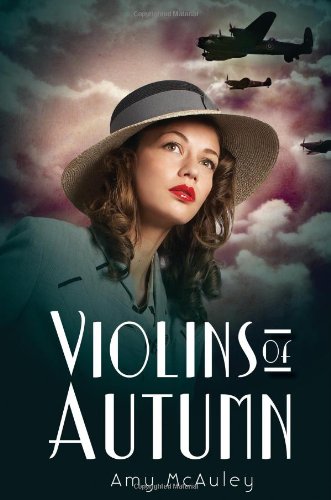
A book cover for Violins of Autumn; Amy McAuley; Teen & Young Adult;